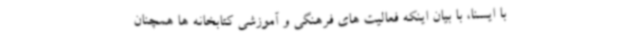
با ایسنا، با بیان اینکه فعالیت های فرهنگی و آموزشی کتابخانه ها همچنان